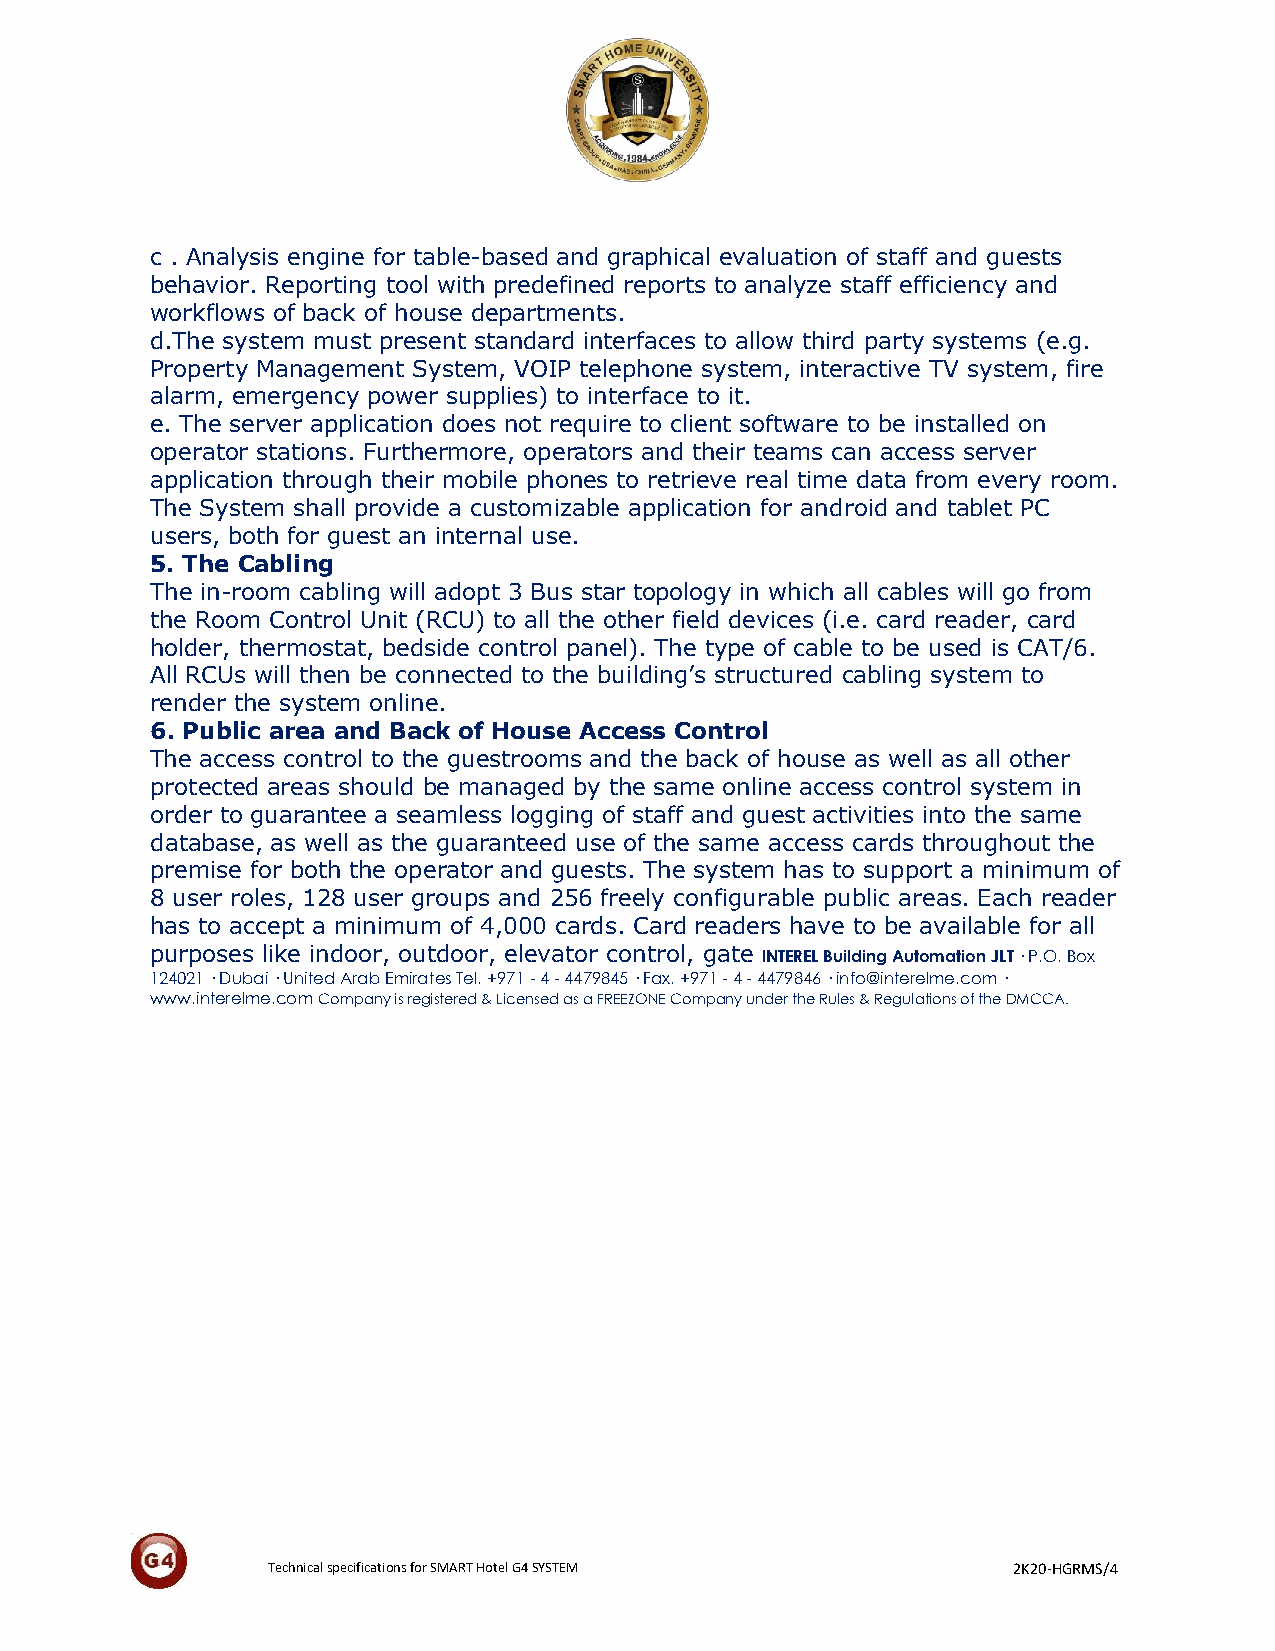
c . Analysis engine for table-based and graphical evaluation of staff and guests
 behavior. Reporting tool with predefined reports to analyze staff efficiency and
 workflows of back of house departments.
 d.The system must present standard interfaces to allow third party systems (e.g.
 Property Management System, VOIP telephone system, interactive TV system, fire
 alarm, emergency power supplies) to interface to it.
 e. The server application does not require to client software to be installed on
 operator stations. Furthermore, operators and their teams can access server
 application through their mobile phones to retrieve real time data from every room.
 The System shall provide a customizable application for android and tablet PC
 users, both for guest an internal use.
 5. The Cabling
 The in-room cabling will adopt 3 Bus star topology in which all cables will go from
 the Room Control Unit (RCU) to all the other field devices (i.e. card reader, card
 holder, thermostat, bedside control panel). The type of cable to be used is CAT/6.
 All RCUs will then be connected to the building’s structured cabling system to
 render the system online.
 6. Public area and Back of House Access Control
 The access control to the guestrooms and the back of house as well as all other
 protected areas should be managed by the same online access control system in
 order to guarantee a seamless logging of staff and guest activities into the same
 database, as well as the guaranteed use of the same access cards throughout the
 premise for both the operator and guests. The system has to support a minimum of
 8 user roles, 128 user groups and 256 freely configurable public areas. Each reader
 has to accept a minimum of 4,000 cards. Card readers have to be available for all
 purposes like indoor, outdoor, elevator control, gate INTEREL Building Automation JLT · P.O. Box
 124021 · Dubai · United Arab Emirates Tel. +971 - 4 - 4479845 · Fax. +971 - 4 - 4479846 · info@interelme.com ·
 www.interelme.com Company is registered & Licensed as a FREEZONE Company under the Rules & Regulations of the DMCCA.
 Technical specifications for SMART Hotel G4 SYSTEM 2K20-HGRMS/4